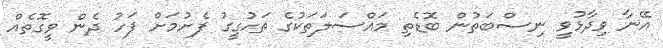
އޭނާ ވިދާޅުވީ ނިސްބަތުން ބޮޑެތި މައްސަލަތަކުގެ ތަހުގީގު ފެށުމަށް ފަހު ދެން ވީގޮތެއް